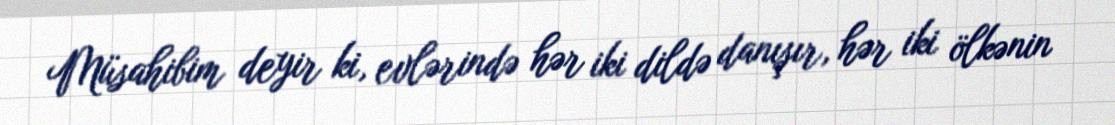
Müsahibim deyir ki, evlərində hər iki dildə danışır, hər iki ölkənin